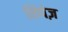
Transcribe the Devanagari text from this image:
लिपेज़